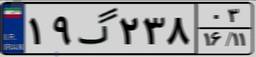
۹۶گ۸۳۳۱۵